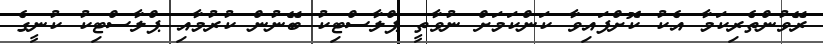
ރޭވުންތެރިކަމާ އެކު ކޮށްފައިވާ ކަންކަމަށް ނުވާތީ ޕްލާސްޓިކު ބޭނުން ކުރުމާއި ޕްލާސްޓިކު ކުނީގެ